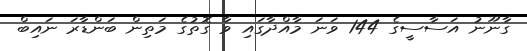
ގާނޫނު އަސާސީގެ 144 ވަނަ މާއްދާގައި ވާ ގޮތުގެ މަތިން ބަންޑާރަ ނައިބް